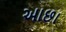
આછા